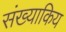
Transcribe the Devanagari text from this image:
संख्याकिय